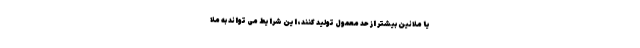
یا ملانین بیشتر از حد معمول تولید کنند، این شرایط می تواند به ملا